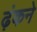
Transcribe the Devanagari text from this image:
ढ़ंकने